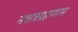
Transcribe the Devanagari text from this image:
नक्षत्रग्रहणाम